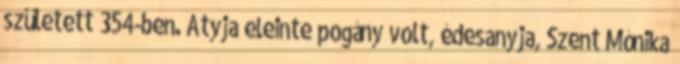
született 354-ben. Atyja eleinte pogány volt, édesanyja, Szent Mónika